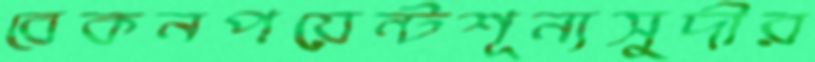
বেকনপয়েন্টশূন্যসুদীর